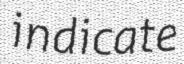
indicate